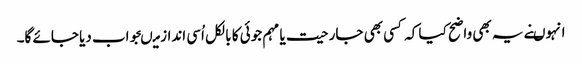
انہوںنے یہ بھی واضح کیا کہ کسی بھی جارحیت یا مہم جوئی کا بالکل اُسی انداز میںجواب دیا جائے گا۔